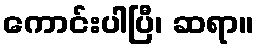
ကောင်းပါပြီ၊ ဆရာ။